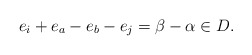
\begin{align*}e_i+e_a-e_b-e_j=\beta-\alpha\in D.\end{align*}